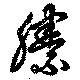
縢